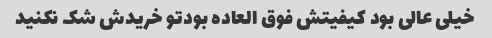
خیلی عالی بود کیفیتش فوق العاده بودتو خریدش شک نکنید